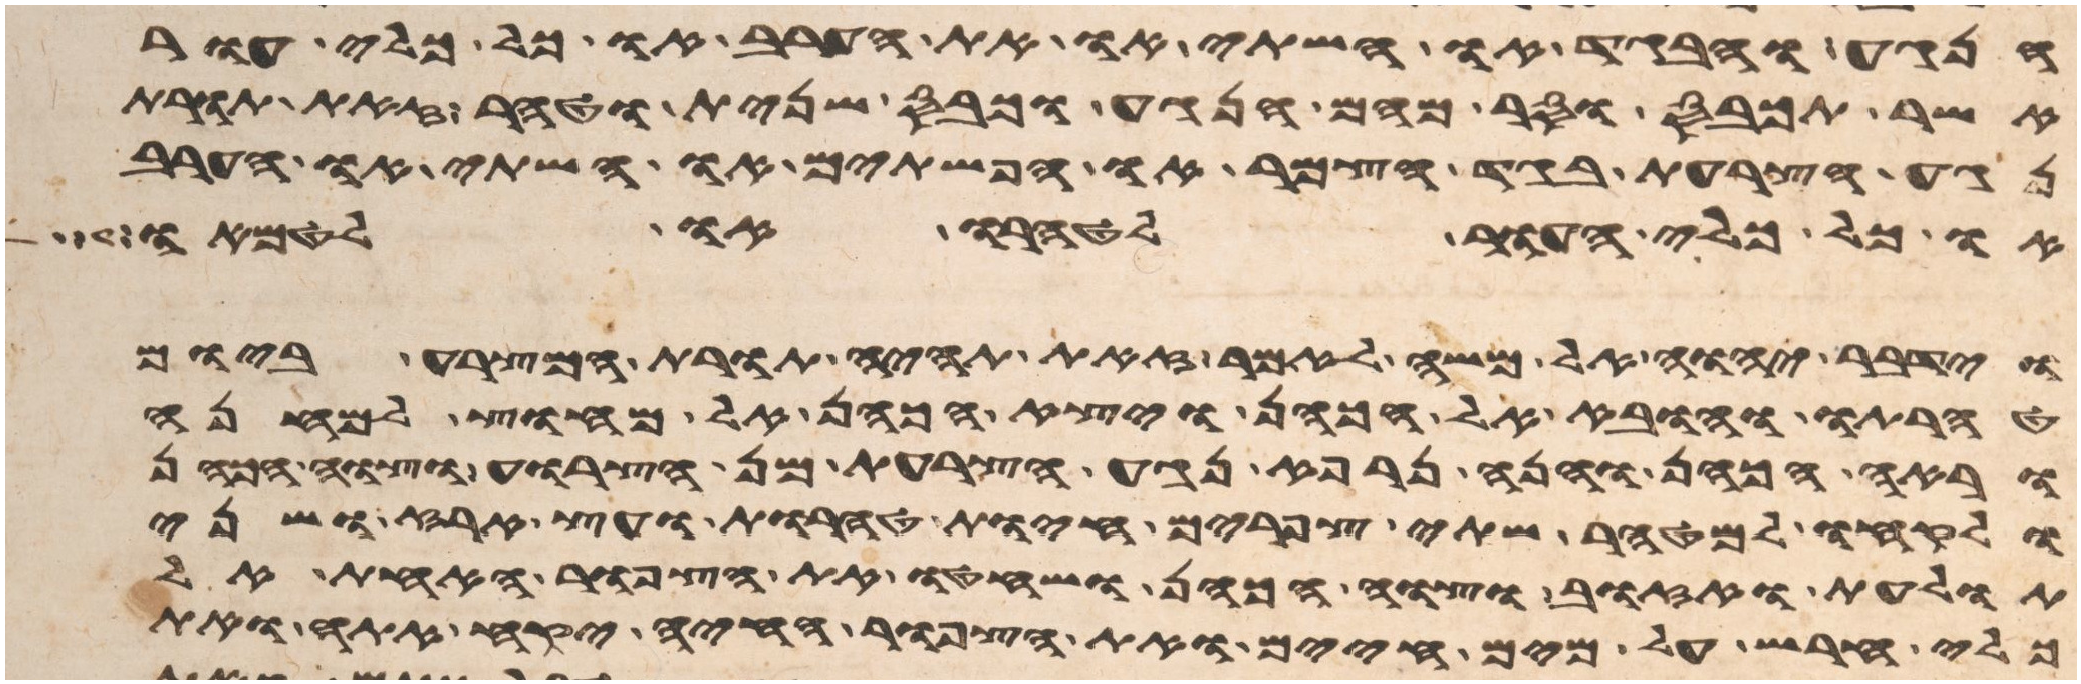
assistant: הנגע והבגד או השתי או הערב או כל כלי העור
אשר תכבס וסר מהם הנגע וכבס שנית וטהר זאת תורת
נגע הצרעת בגד הצמר או הפשתים או השתי או הערב
או כל כלי העור לטהרו או לטמאו
וידבר יהוה אל משה לאמר זאת תהיה תורת המצרע ביום
טהרתו והובא אל הכהן ויצא הכהן אל מחוץ למחנה
וראה הכהן והנה נרפא נגע הצרעת מן הצרוע וצוה הכהן
ולקחו למטהר שתי צפורים חיות טהרות ועץ ארז ושני
תולעת ואזוב וצוה הכהן ושחטו את הצפור האחת אל
כלי חרש על מים חיים ואת הצפור החיה יקח אתה ואת